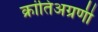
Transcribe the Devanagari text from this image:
क्रांतिअग्रणी